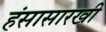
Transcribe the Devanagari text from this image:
हंसासारखी